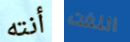
أنته اللفت